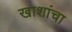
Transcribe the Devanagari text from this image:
खाशांचा